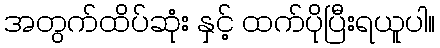
အတွက်ထိပ်ဆုံး နှင့် ထက်ပိုပြီးရယူပါ။